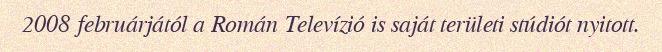
2008 februárjától a Román Televízió is saját területi stúdiót nyitott.